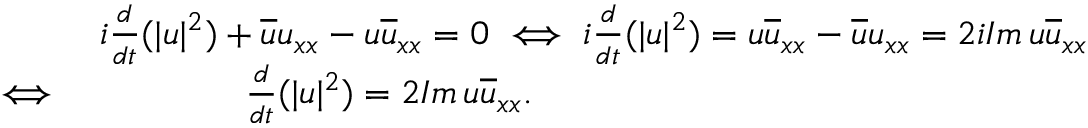
\begin{array} { r l } & { i \frac { d } { d t } ( | u | ^ { 2 } ) + \overline { { u } } u _ { x x } - u \overline { { u } } _ { x x } = 0 \iff i \frac { d } { d t } ( | u | ^ { 2 } ) = u \overline { { u } } _ { x x } - \overline { { u } } u _ { x x } = 2 i I m \, u \overline { { u } } _ { x x } } \\ { \iff } & { \qquad \qquad \frac { d } { d t } ( | u | ^ { 2 } ) = 2 I m \, u \overline { { u } } _ { x x } . } \end{array}